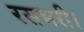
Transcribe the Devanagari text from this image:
रसभरी।